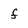
Character: f